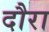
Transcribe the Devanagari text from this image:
दौरा